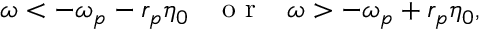
\omega < - \omega _ { p } - r _ { p } \eta _ { 0 } \; \; \; \mathrm { ~ o ~ r ~ } \; \; \; \omega > - \omega _ { p } + r _ { p } \eta _ { 0 } ,